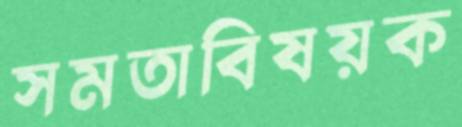
সমতাবিষয়ক